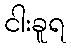
ငါးခူရ